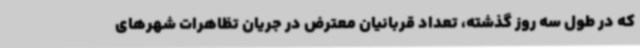
که در طول سه روز گذشته، تعداد قربانیان معترض در جریان تظاهرات شهرهای